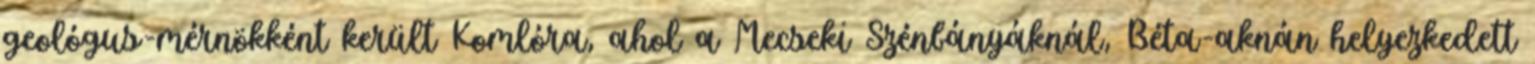
geológus-mérnökként került Komlóra, ahol a Mecseki Szénbányáknál, Béta-aknán helyezkedett